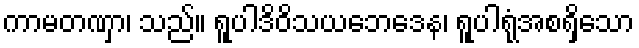
ကာမတဏှာ၊ သည်။ ရူပါဒိဝိသယဘေဒေန၊ ရူပါရုံအစရှိသော